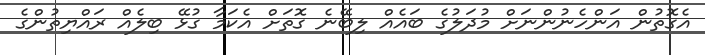
އެގޮތުން އަންހެނުންނަށް މުދަލުގެ ބައެއް ލިބޭނެ ގޮތަށް އެކަމާ ގުޅޭ ބިލެއް ރައްޔިތުންގެ